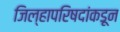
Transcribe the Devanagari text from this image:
जिल्हापरिषदांकडून